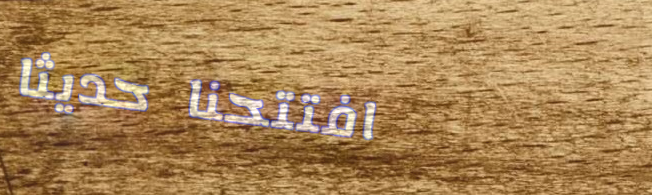
افتتحنا حديثاً